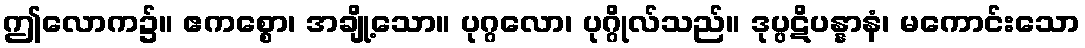
ဤလောက၌။ ဧကစ္စော၊ အချို့သော။ ပုဂ္ဂလော၊ ပုဂ္ဂိုလ်သည်။ ဒုပ္ပဋိပန္နာနံ၊ မကောင်းသော